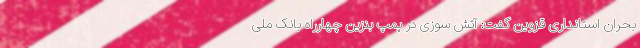
بحران استانداری قزوین گفت: آتش سوزی در پمپ بنزین چهارراه بانک ملی